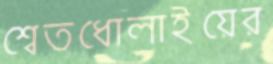
শ্বেতধোলাইয়ের